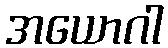
အယောဂါ